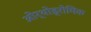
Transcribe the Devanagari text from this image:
ओर्थोड्रोमिक